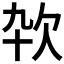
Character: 𰙊